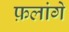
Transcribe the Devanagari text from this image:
फ़लांगे